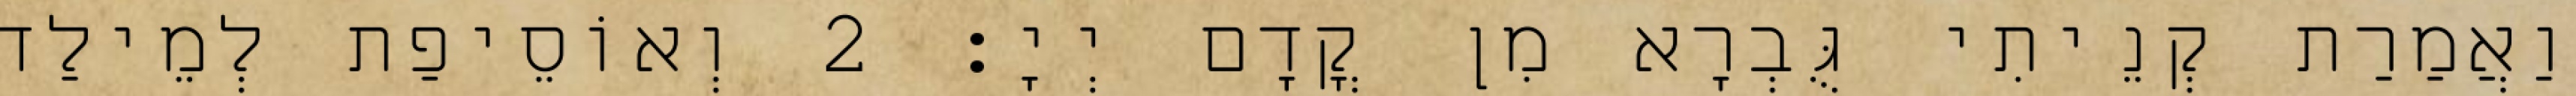
וַאֲמַרַת קְנֵיתִי גֻּבְרָא מִן קֳדָם יְיָ׃ 2 וְאוֹסֵיפַת לְמֵילַד